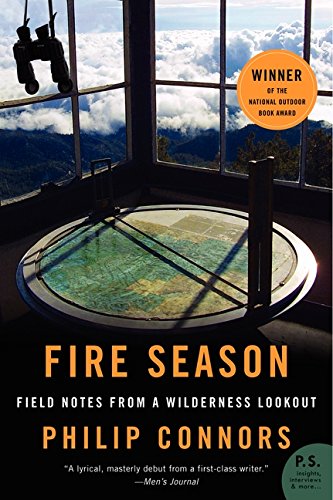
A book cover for Fire Season: Field Notes from a Wilderness Lookout; Philip Connors; Science & Math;